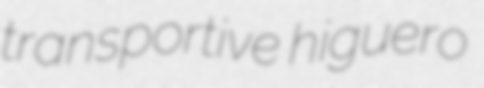
transportive higuero